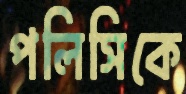
পলিসিকে